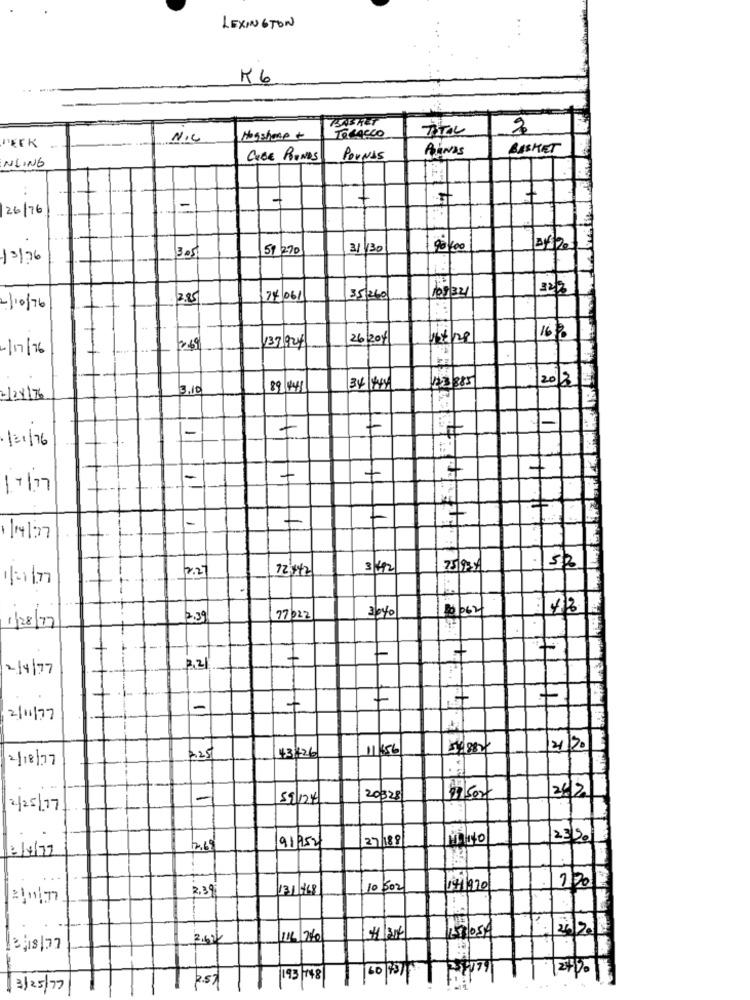
LEXINGTON
K6
BASKET
TOTAL
NIC
Hogshane +
TOBACCO
DECK
PINAS
BASKET
NLING
CABE RONDS
PorNas
+
26/76
. 1-
3.05
59 270
31 130
90100
13/76
/09/34
2.85
74/06/
35260
-/10/76
16%
26/204
11/28
4/07/76
137 924
20/2
3.10
89/41
34/444
43 385
2/24/76
-
121/76
-
+
7
17/7
1
2.27
12:442
3/42
25 93 /
52
-
30%
$2062
2.39
77022
1/28/77
+
-
2/4/77
2.21
-
+
2/11/77
43.26
11:56
21/20
2/18/77
725
11
26/2
-
59/124
20328
2/25/17
91952
27/188
23/50
2/4/77
12.65
720
2.39
131/168
10 502
141/220
2612.
3.62
16 260
13/18/77
60
2.57
193 748
3/25/77